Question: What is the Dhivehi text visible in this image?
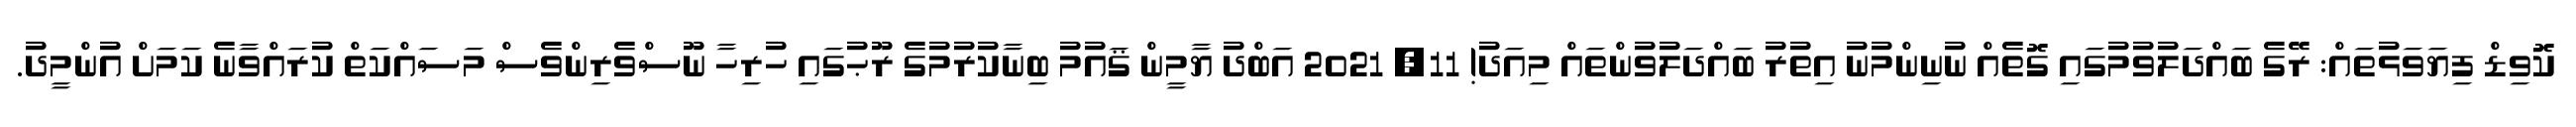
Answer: ކޮވިޑް ފިޔަވަޅުތައް: ރޭގެ ބައްދަލުވުމުގައި ގޮތެއް ނުނިންމުނު އިތުރު ބައްދަލުވުންތައް މިއަދު! 11, 2021 އަބްދު ޔާމީން ޤައުމު ބިނާކުރުމުގެ ރޫޙުގައި ހުރިހާ ނޫސްވެރިންވެސް މަސައްކަތް ކުރައްވާނެ ކަމަށް އުންމީދު.